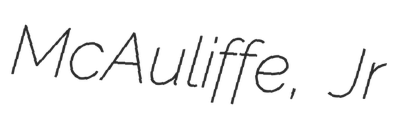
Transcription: McAuliffe, Jr